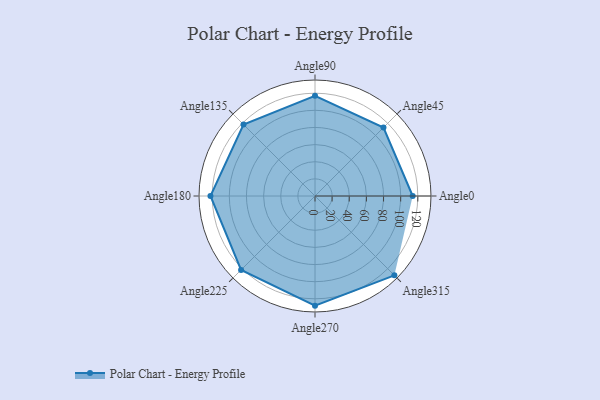
{"axis": {"x": "Angle", "y": "Radius"}, "legend": [""], "data": [{"x": "Angle0", "y": 114.0, "type": ""}, {"x": "Angle45", "y": 113.0, "type": ""}, {"x": "Angle90", "y": 117.0, "type": ""}, {"x": "Angle135", "y": 118.0, "type": ""}, {"x": "Angle180", "y": 122.0, "type": ""}, {"x": "Angle225", "y": 122.0, "type": ""}, {"x": "Angle270", "y": 128.0, "type": ""}, {"x": "Angle315", "y": 131.0, "type": ""}]}